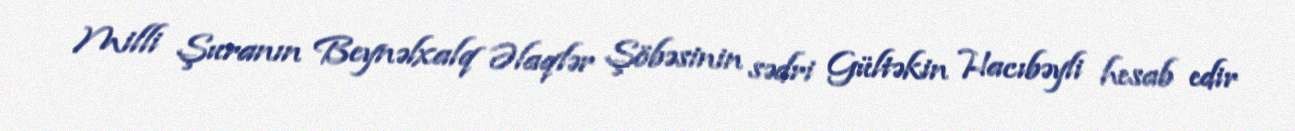
Milli Şuranın Beynəlxalq Əlaqlər Şöbəsinin sədri Gültəkin Hacıbəyli hesab edir